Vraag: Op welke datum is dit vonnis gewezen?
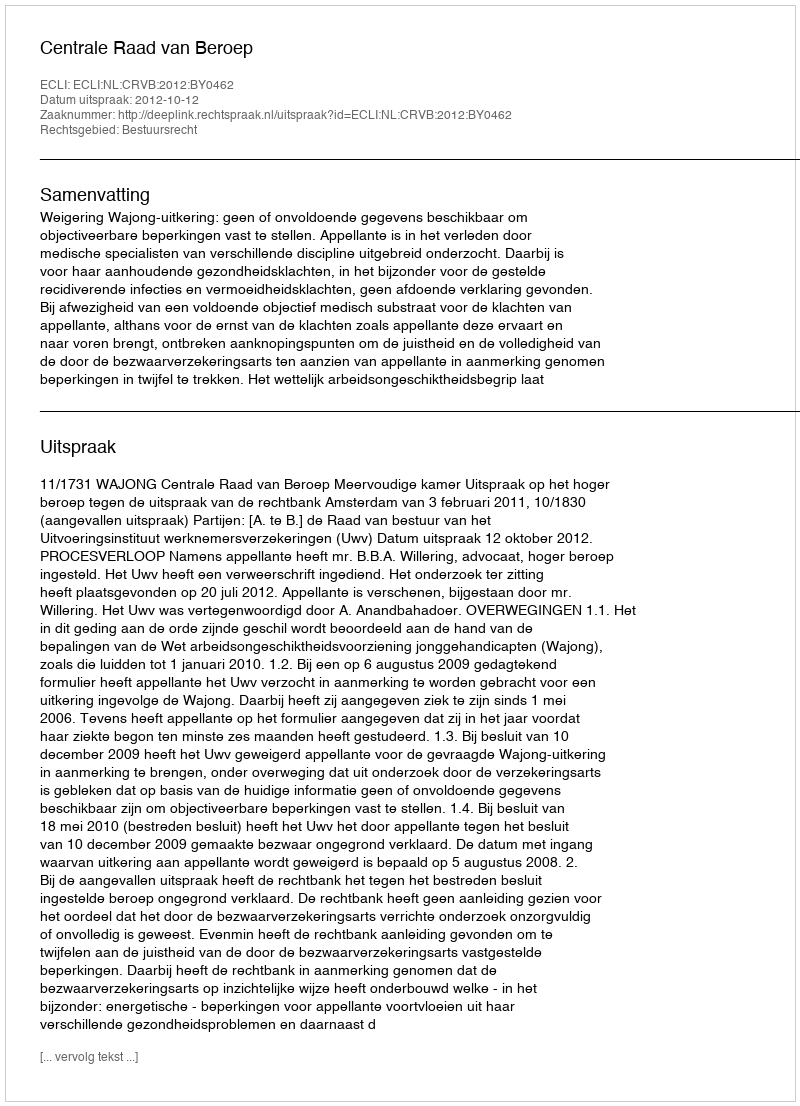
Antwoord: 2012-10-12